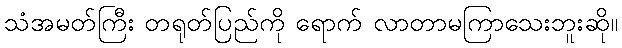
သံအမတ်ကြီး တရုတ်ပြည်ကို ရောက် လာတာမကြာသေးဘူးဆို။